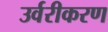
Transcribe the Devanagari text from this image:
उर्वरीकरण